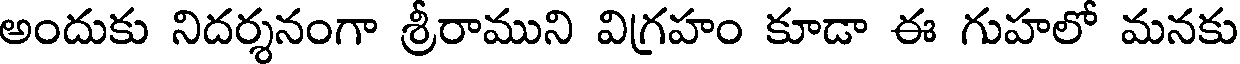
అందుకు నిదర్శనంగా శ్రీరాముని విగ్రహం కూడా ఈ గుహలో మనకు